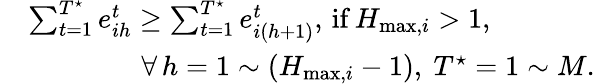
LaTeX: \begin{array}{rl}&{\sum_{t=1}^{T^{\star}}e_{ih}^{t}\geq\sum_{t=1}^{T^{\star}}e_{i(h+1)}^{t},\, \mathrm{{if}}\, H_{\operatorname*{max},i}>1,}\\ &{\quad\quad\quad\quad\forall{\, h=1\sim(H_{\operatorname*{max},i}-1),~T^{\star}=1\sim M}.}\end{array}